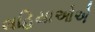
લહિયાઓએ